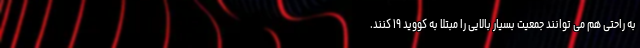
به راحتی هم می توانند جمعیت بسیار بالایی را مبتلا به کووید ۱۹ کنند.